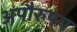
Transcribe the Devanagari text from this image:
अपौरुषय